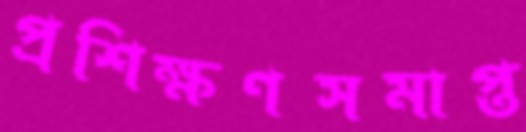
প্রশিক্ষণসমাপ্ত